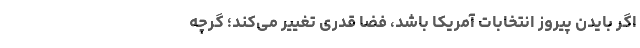
اگر بایدن پیروز انتخابات آمریکا باشد، فضا قدری تغییر می‌کند؛ گرچه